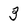
Character: 3